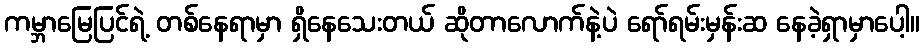
ကမ္ဘာမြေပြင်ရဲ့ တစ်နေရာမှာ ရှိနေသေးတယ် ဆိုတာလောက်နဲ့ပဲ ရော်ရမ်းမှန်းဆ နေခဲ့ရှာမှာပေါ့။